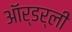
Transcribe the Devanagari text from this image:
ऑर्डर्ली